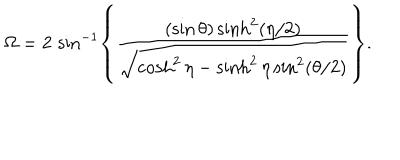
LaTeX: \Omega = 2 \, \sin ^ { - 1 } \left\{ { \frac { ( \sin \theta ) \sinh ^ { 2 } ( \eta / 2 ) } { \sqrt { \cosh ^ { 2 } \eta - \sinh ^ { 2 } \eta \sin ^ { 2 } ( \theta / 2 ) } } } \right\} .